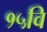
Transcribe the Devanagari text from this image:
१५वि